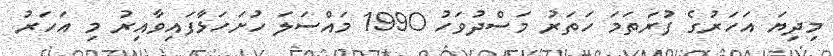
މިދިޔަ އަހަރުގެ ފުރަތަމަ ހަތަރު މަސްދުވަހު 1990 މައްސަލަ ހުށަހަޅާފައިވާއިރު މި އަހަރު